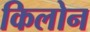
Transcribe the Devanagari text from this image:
किलोन